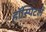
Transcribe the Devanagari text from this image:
हॉस्पिटले